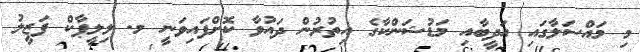
މި މައްސަލާގައި އަދީބާއި މަޑުޝަންކާގެ އިތުރުން ދައުވާ ކޮށްފައިވަނީ މ. ލިލީޕާކް ފަޒީލު